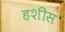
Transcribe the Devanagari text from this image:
हशीस